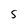
Character: S